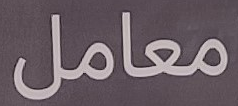
معامل